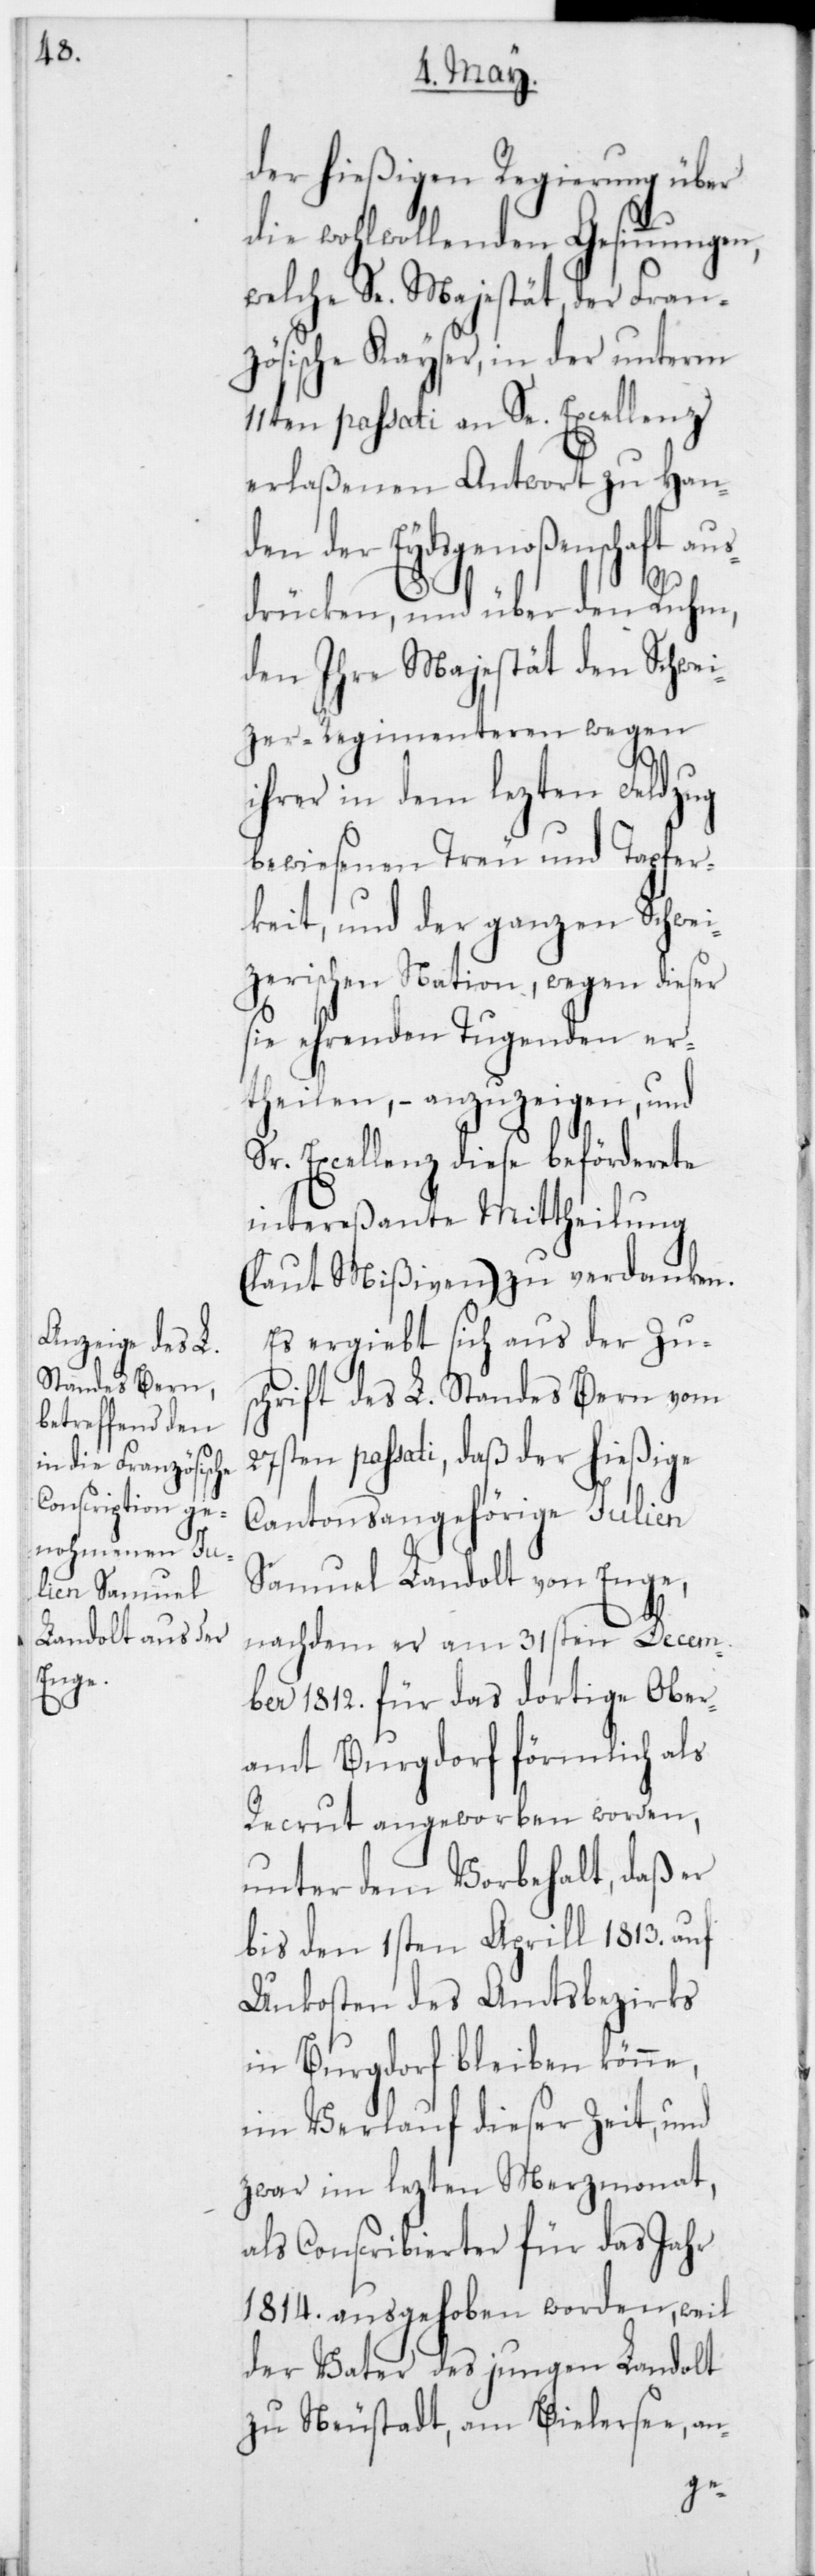
der hießigen Regierung über
die wohlwollenden Gesinnungen,
welche Se. Majestät der Fran¬
zösische Kayser, in der unterm
11ten passati an Se. Excellenz
erlaßenen Antwort zu Hande¬
n der Eydsgenoßenschaft
drücken, und über den Ruhm,
der Ihre Majestät den Schwei¬
zer-Regimenteren wegen
ihrer in dem lezten Feldzug
bewiesenen Treu und Tapfer¬
keit, und der ganzen Schwei¬
zerischen Nation, wegen dieser
sie ehrenden Tugenden er¬
theilen, – anzuzeigen, und
Sr. Excellenz diese beförderete
intereßante Mittheilung
(laut Mißiven) zu verdanken.
Es ergiebt sich aus der Zu¬
schrift des L. Standes Bern vom
27sten passati, daß der hießige
Cantonsangehörige Julien
Samuel Landolt von Enge,
nachdem er am 31sten Decem¬
ber 1812 für das dortige Ober¬
amt Burgdorf förmlich als
Recrut angeworben worden,
unter dem Vorbehalt, daß er
bis den 1sten Aprill 1813 auf
Unkosten des Amtsbezirks
in Burgdorf bleiben könne,
im Verlauf dieser Zeit, und
zwar im lezten Merzmonat,
als Conscribierter für das Jahr
1814 ausgehoben worden, weil
der Vater des jungen Landolt
zu Neustadt am Bielersee, an-
aus¬